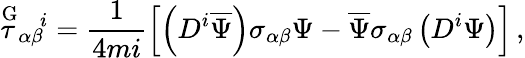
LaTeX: \stackrel{\mathrm{G}}{\tau}_{\alpha\beta}{}^{\! i}=\frac{1}{4mi}\left[\left(D^{i}\overline{{{\Psi}}}\right)\sigma_{\alpha\beta}\Psi-\overline{{{\Psi}}}\sigma_{\alpha\beta}\left(D^{i}\Psi\right)\right]\, ,